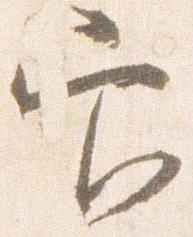
官